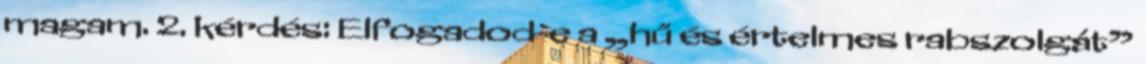
magam. 2. kérdés: Elfogadod-e a „hű és értelmes rabszolgát”